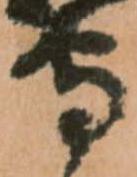
守